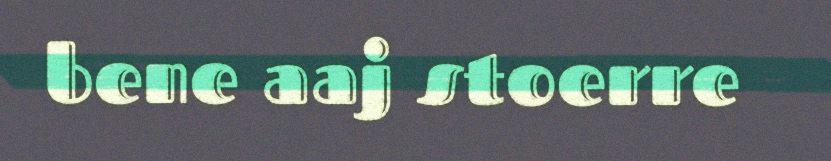
bene aaj stoerre